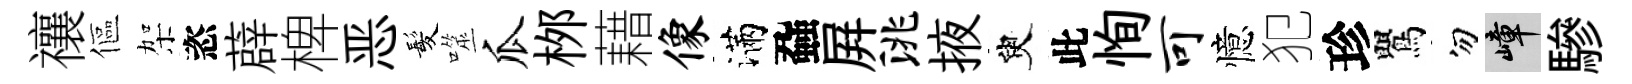
禳傴架恣薜椑恶髪噬瓜桞藉像滿蝨屛洮掖臾此恂可憶犯珍鸎勿嶂驂